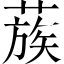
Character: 蔟